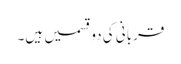
قربانی کی دوقسمیں ہیں۔